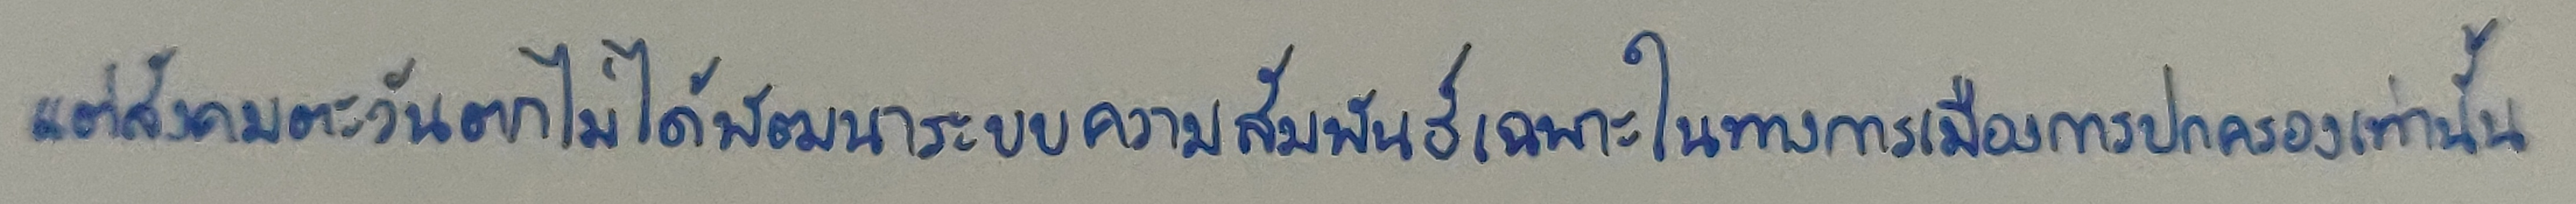
แต่สังคมตะวันตกไม่ได้พัฒนาระบบความสัมพันธ์เฉพาะในทางการเมืองการปกครองเท่านั้น